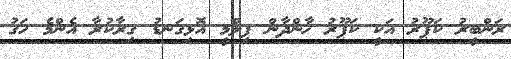
ރަންބީރު ކަޕޫރު އަކީ ކަޕޫރު ޚާންދާން ފިލްމީ އޮޅިގަނޑު ގިރާކުރާ އެންމެ ހަގު